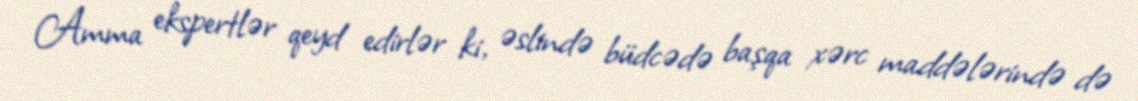
Amma ekspertlər qeyd edirlər ki, əslində büdcədə başqa xərc maddələrində də